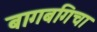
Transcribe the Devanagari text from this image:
बागबगिचा